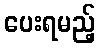
ပေးရမည့်